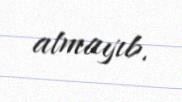
atmayıb.